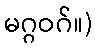
မဂ္ဂဝဂ်။)